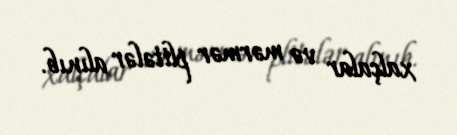
xalçalar və mərmər plitələr alınıb.